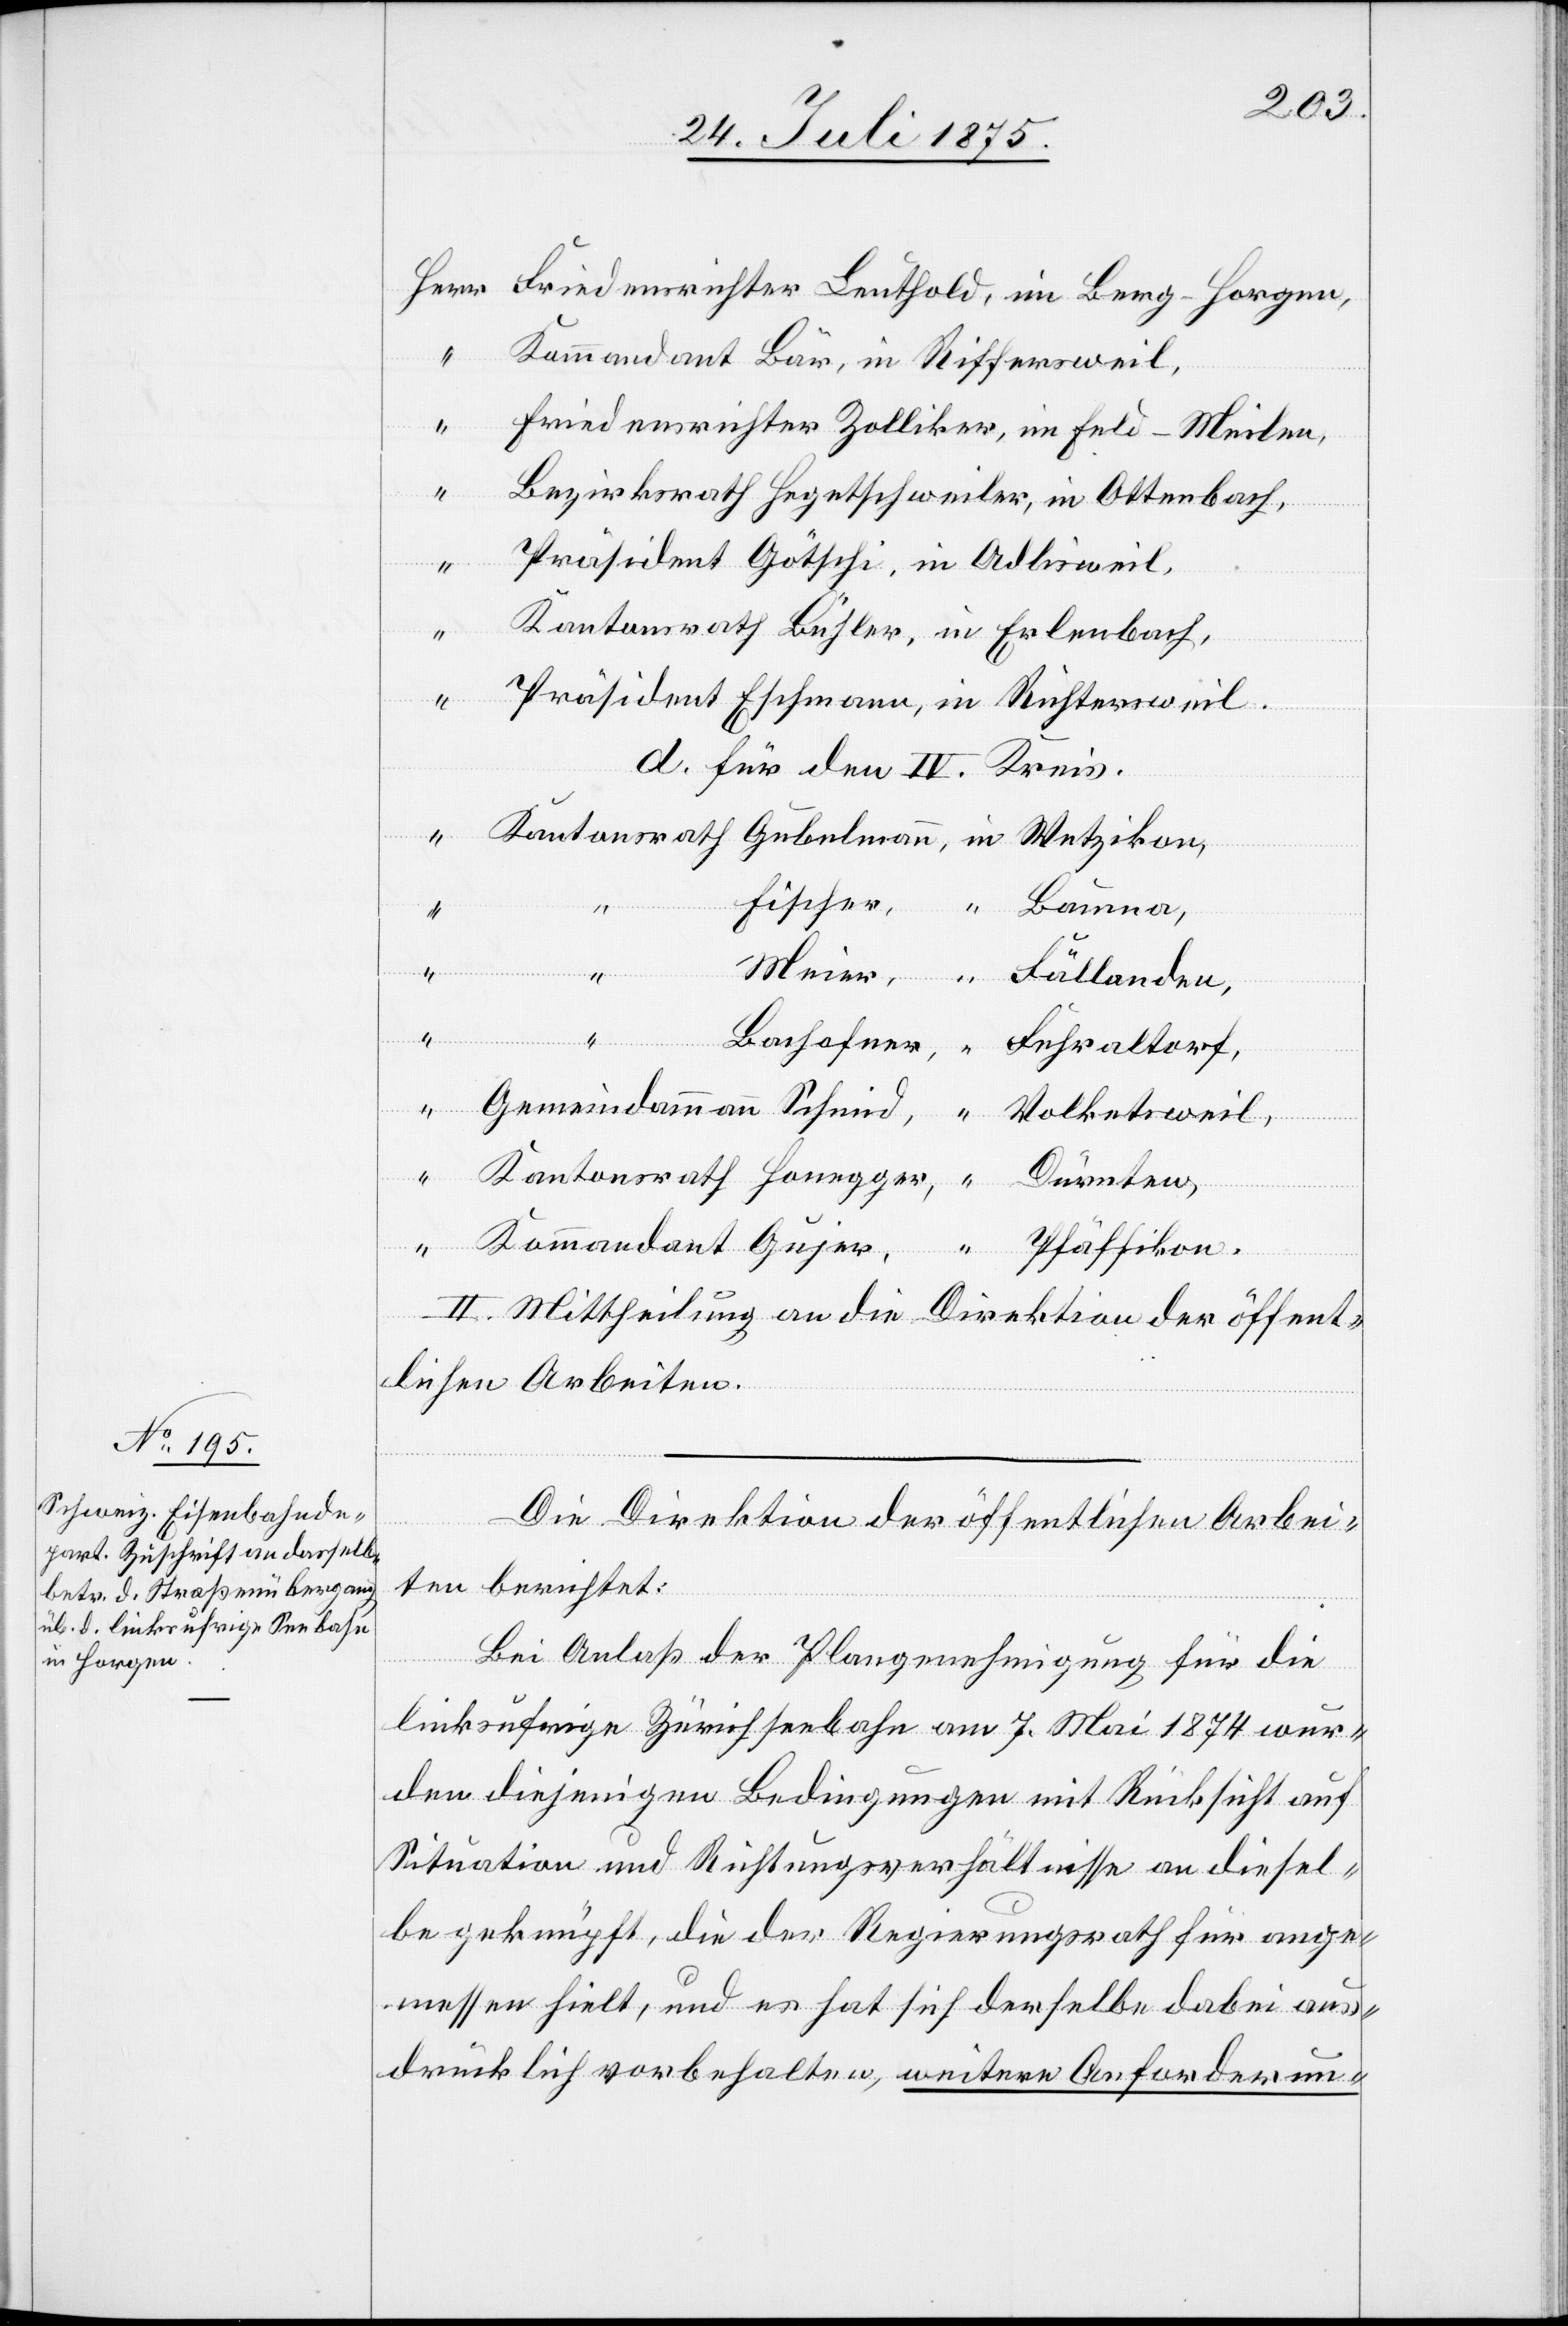
dant

n

Friedensrichter Leuthold, in Berg-Horgen,
“
Kommandant Bär, in Riffersweil,
“
Friedensrichter Zolliker, in Feld-Meilen,
“
Bezirksrath Hegetschweiler, in Ottenbach,
Präsident Götschi, in Adlisweil,
Kantonsrath Bühler, in Erlenbach,
Präsident Eschmann, in Richtersweil.
d. für den IV. Kreis.
Fischer,
“
bemerkt:
“
II. Mittheilung an die Direktion der öffent¬
lichen Arbeiten.
Die Direktion der öffentlichen Arbei¬
Bei Anlaß der Plangenehmigung für die
linksufrige Zürichseebahn am 7. Mai 1874 wur¬
den diejenigen Bedingungen mit Rücksicht auf
Situation und Richtungsverhältnisse an diesel¬
be geknüpft, die der Regierungsrath für ange¬
messen, hielt, und es hat sich derselbe dabei aus¬
drücklich vorbehalten, weitere Anforderun-